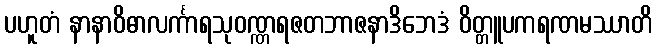
ပဟူတံ နာနာဝိဓာလင်္ကာရသုဝဏ္ဏရဇတဘာဇနာဒိဘေဒံ ဝိတ္တူပကရဏမဿာတိ